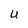
Character: u